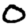
Digit: 0